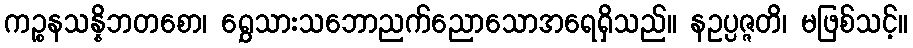
ကဉ္စနသန္နိဘတစော၊ ရွှေသားသဘောညက်ညောသောအရေရှိသည်။ နဥပ္ပဇ္ဇတိ၊ မဖြစ်သင့်။